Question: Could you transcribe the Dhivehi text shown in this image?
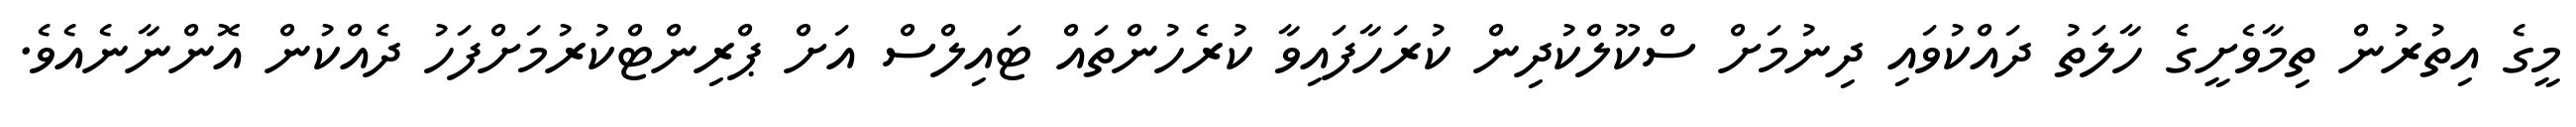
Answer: މީގެ އިތުރުން ތިމާވެށީގެ ހާލަތު ދައްކުވައި ދިނުމަށް ސްކޫލްކުދިން ކުރަހާފައިވާ ކުރެހުންތައް ޓައިލްސް އަށް ޕްރިންޓްކުރުމަށްފަހު ދެއްކުން އޮންނާނެއެވެ.